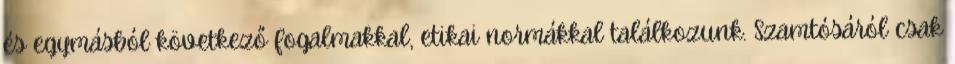
és egymásból következő fogalmakkal, etikai normákkal találkozunk. Szamtósáról csak